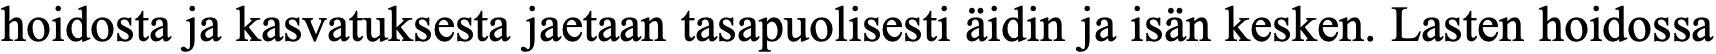
hoidosta ja kasvatuksesta jaetaan tasapuolisesti äidin ja isän kesken. Lasten hoidossa